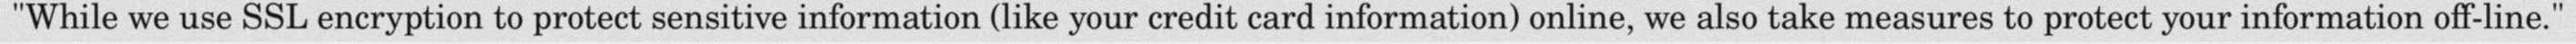
"While we use SSL encryption to protect sensitive information (like your credit card information) online, we also take measures to protect your information off-line."